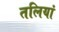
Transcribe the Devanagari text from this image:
तलियां